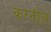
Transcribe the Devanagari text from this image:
करनौल